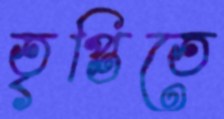
তৃপ্তিতে